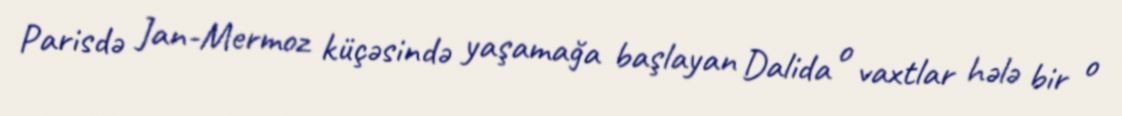
Parisdə Jan-Mermoz küçəsində yaşamağa başlayan Dalida o vaxtlar hələ bir o